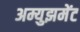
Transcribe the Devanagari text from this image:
अम्युझमेंट